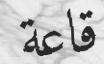
قاعة